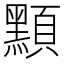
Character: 𪑸